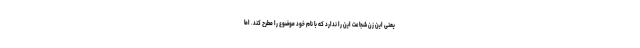
یعنی این زن شجاعت این را ندارد که با نام خود موضوع را مطرح کند. اما